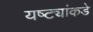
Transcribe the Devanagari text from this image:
यष्ट्यांकडे